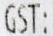
GST: